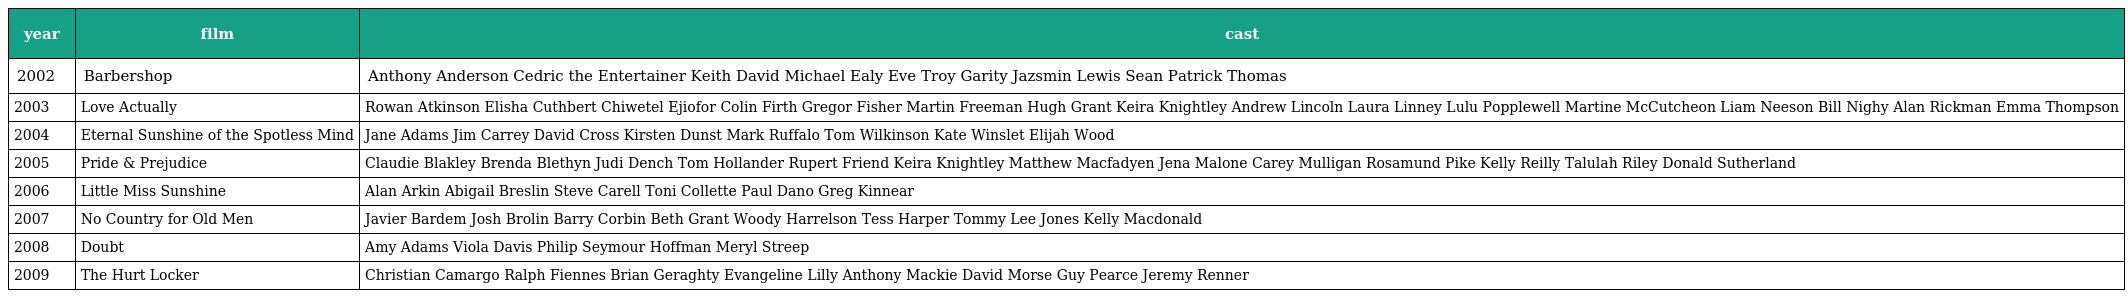
| year | film | cast |
 | --- | --- | --- |
 | 2002 | Barbershop | Anthony Anderson Cedric the Entertainer Keith David Michael Ealy Eve Troy Garity Jazsmin Lewis Sean Patrick Thomas |
 | 2003 | Love Actually | Rowan Atkinson Elisha Cuthbert Chiwetel Ejiofor Colin Firth Gregor Fisher Martin Freeman Hugh Grant Keira Knightley Andrew Lincoln Laura Linney Lulu Popplewell Martine McCutcheon Liam Neeson Bill Nighy Alan Rickman Emma Thompson |
 | 2004 | Eternal Sunshine of the Spotless Mind | Jane Adams Jim Carrey David Cross Kirsten Dunst Mark Ruffalo Tom Wilkinson Kate Winslet Elijah Wood |
 | 2005 | Pride & Prejudice | Claudie Blakley Brenda Blethyn Judi Dench Tom Hollander Rupert Friend Keira Knightley Matthew Macfadyen Jena Malone Carey Mulligan Rosamund Pike Kelly Reilly Talulah Riley Donald Sutherland |
 | 2006 | Little Miss Sunshine | Alan Arkin Abigail Breslin Steve Carell Toni Collette Paul Dano Greg Kinnear |
 | 2007 | No Country for Old Men | Javier Bardem Josh Brolin Barry Corbin Beth Grant Woody Harrelson Tess Harper Tommy Lee Jones Kelly Macdonald |
 | 2008 | Doubt | Amy Adams Viola Davis Philip Seymour Hoffman Meryl Streep |
 | 2009 | The Hurt Locker | Christian Camargo Ralph Fiennes Brian Geraghty Evangeline Lilly Anthony Mackie David Morse Guy Pearce Jeremy Renner |